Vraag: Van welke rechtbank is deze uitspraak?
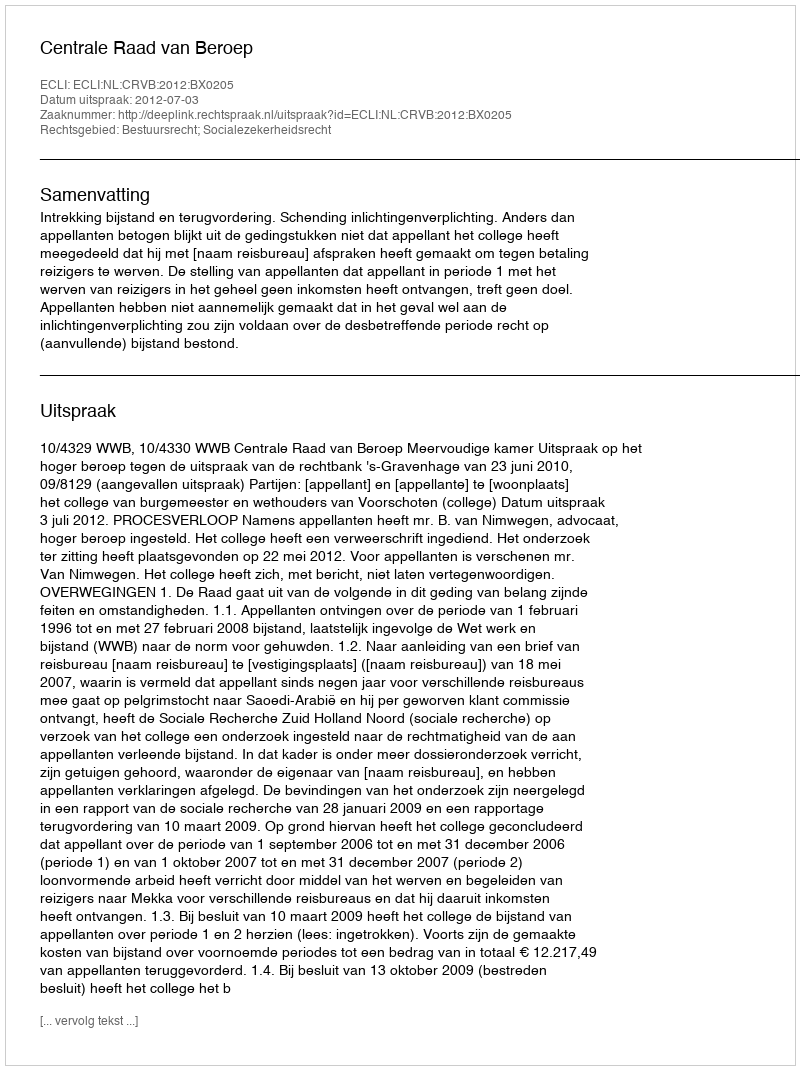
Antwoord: Centrale Raad van Beroep